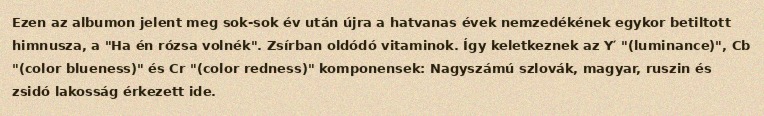
Ezen az albumon jelent meg sok-sok év után újra a hatvanas évek nemzedékének egykor betiltott himnusza, a "Ha én rózsa volnék". Zsírban oldódó vitaminok. Így keletkeznek az Y′ "(luminance)", Cb "(color blueness)" és Cr "(color redness)" komponensek: Nagyszámú szlovák, magyar, ruszin és zsidó lakosság érkezett ide.